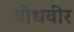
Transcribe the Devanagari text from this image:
योधवीर